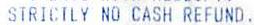
STRICTLY NO CASH REFUND.